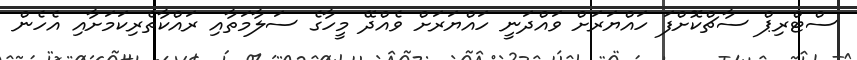
ސްޓްރިޕް ސާޗްކޮށްފަ ހައްޔަރަށް ވައްދަނީ ހައްޔަރަށް ވެއްދޭ މީހާގެ ސަލާމަތާއި ރައްކާތެރިކަމަށާއި އެހެން